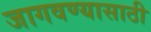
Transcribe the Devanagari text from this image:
जागवण्यासाठी